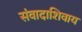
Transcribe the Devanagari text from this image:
संवादाशिवाय